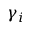
\gamma _ { i }